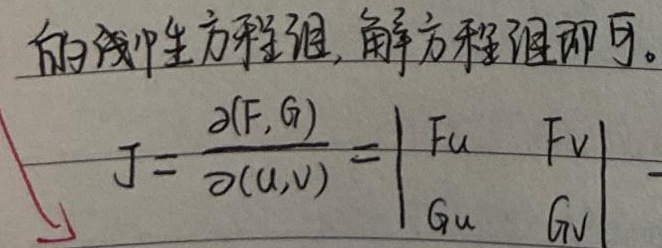
的线性方程组, 解方程组即可。
\[J = \frac{\partial(F, G)}{\partial(u, v)}=\begin{vmatrix}
F_{u} & F_{v}\\
G_{u} & G_{v}
\end{vmatrix}\]